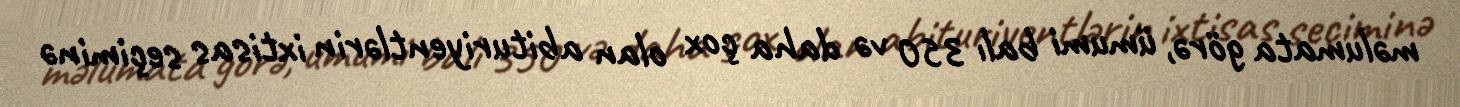
məlumata görə, ümumi balı 350 və daha çox olan abituriyentlərin ixtisas seçiminə